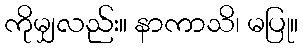
ကိုမျှလည်း။ နာကာသိ၊ မပြု။